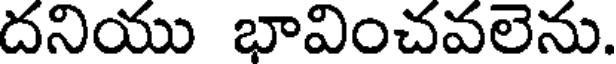
దనియు భావించవలెను.